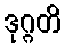
ဒုဂ္ဂတိ